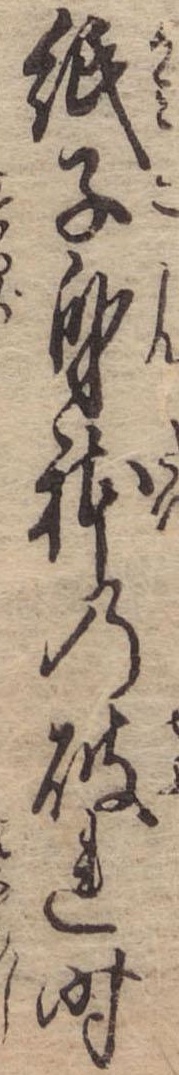
紙子身体の破れ時